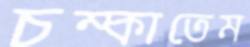
চম্‌কাতেম